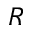
R